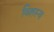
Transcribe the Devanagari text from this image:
विहस्य